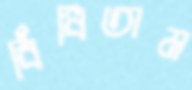
বিঁধিতাম